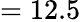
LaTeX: =12.5